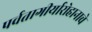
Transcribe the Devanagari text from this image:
पर्वतागीर्यारोहानाचे